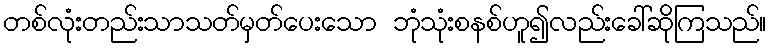
တစ်လုံးတည်းသာသတ်မှတ်ပေးသော ဘုံသုံးစနစ်ဟူ၍လည်းခေါ်ဆိုကြသည်။